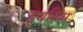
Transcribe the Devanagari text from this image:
इवरिस